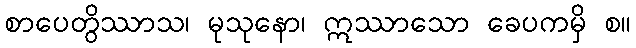
စာပေတွိဿာသ၊ မုသုနော၊ ဣဿာသော ခေပကမှိ စ။